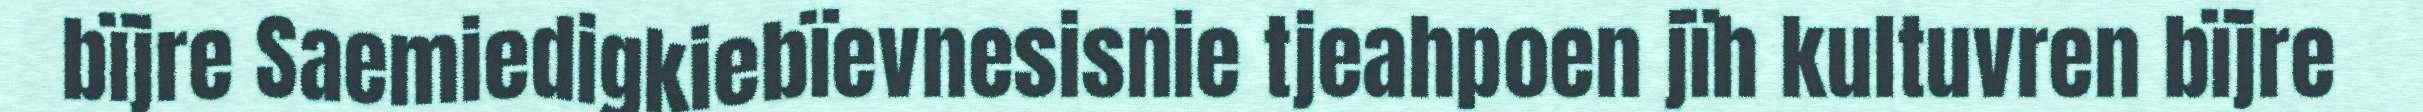
bïjre Saemiedigkiebïevnesisnie tjeahpoen jïh kultuvren bïjre